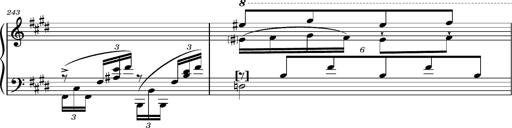
Title: Magyar rapszÃ³diÃ¡k
Composer: Franz Liszt